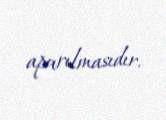
aparılmasıdır.